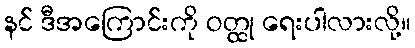
နင် ဒီအကြောင်းကို ဝတ္ထု ရေးပါလားလို့။